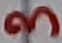
Text: 3